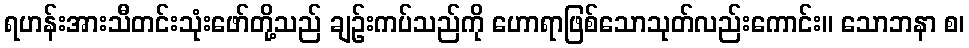
ရဟန်းအားသီတင်းသုံးဖော်တို့သည် ချဉ်းကပ်သည်ကို ဟောရာဖြစ်သောသုတ်လည်းကောင်း။ သောဘနာ စ၊